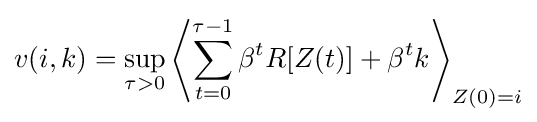
v(i,k)=\sup _{\tau >0}\left\langle \sum _{t=0}^{\tau -1}\beta ^{t}R[Z(t)]+\beta ^{t}k\right\rangle _{Z(0)=i}